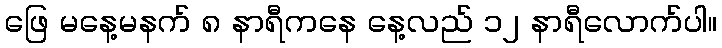
ဖြေ မနေ့မနက် ၈ နာရီကနေ နေ့လည် ၁၂ နာရီလောက်ပါ။